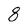
Character: 8